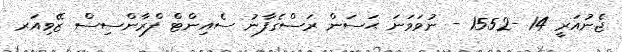
ޖެނުއަރީ 14 -1552 - ނުވަވަނަ ޙަސަން ރަސްގެފާނު ސެއިންޓް ފްރާންސިސް ޒޭވިއަރ